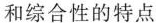
和综合性的特点